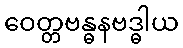
ဝေတ္တဗန္ဓနဗဒ္ဓါယ